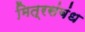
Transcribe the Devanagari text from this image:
मित्रसंबंध